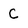
Character: C